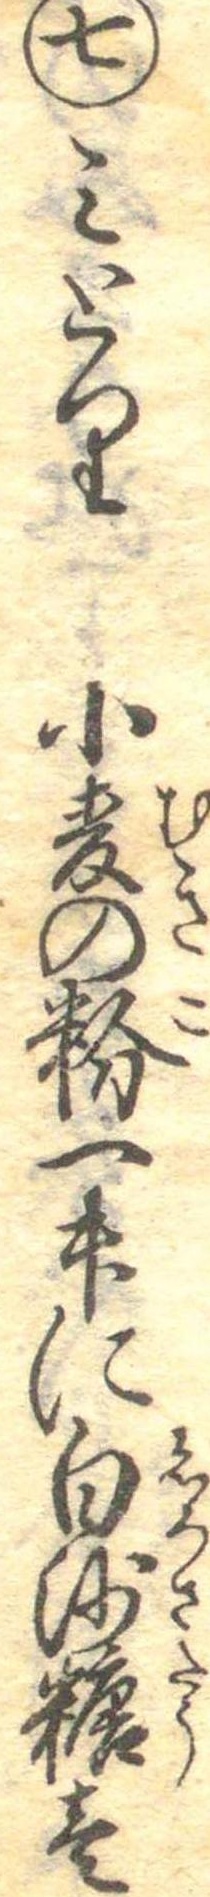
七みとり小麦の粉一升に白沙糖壱